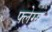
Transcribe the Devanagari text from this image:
फ्लेग्स